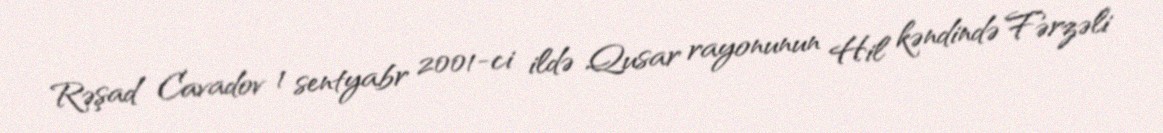
Rəşad Cavadov 1 sentyabr 2001-ci ildə Qusar rayonunun Hil kəndində Fərzəli